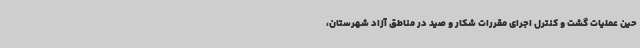
حین عملیات گشت و کنترل اجرای مقررات شکار و صید در مناطق آزاد شهرستان،